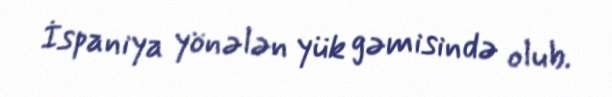
İspaniya yönələn yük gəmisində olub.